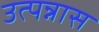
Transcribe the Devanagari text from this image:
उत्पन्नास